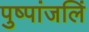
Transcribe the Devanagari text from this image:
पुष्पांजलिं